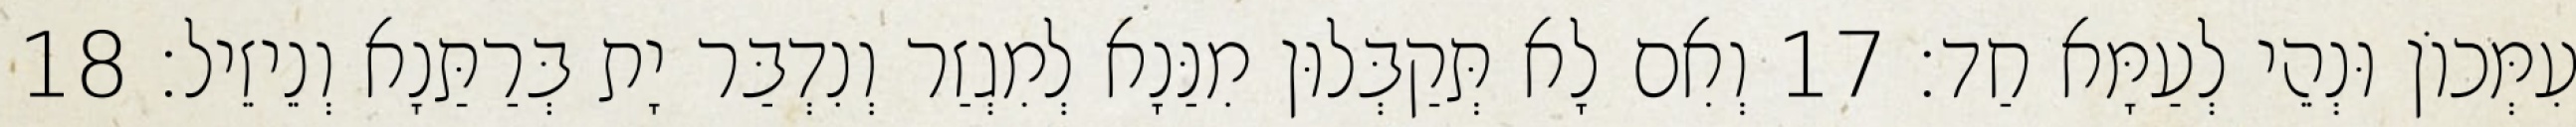
עִמְּכוֹן וּנְהֵי לְעַמָּא חַד׃ 17 וְאִם לָא תְּקַבְּלוּן מִנַּנָא לְמִגְזַר וְנִדְבַּר יָת בְּרַתַּנָא וְנֵיזֵיל׃ 18